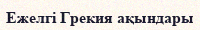
Ежелгі Грекия ақындары